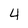
Character: 4